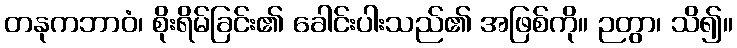
တနုကဘာဝံ၊ စိုးရိမ်ခြင်း၏ ခေါင်းပါးသည်၏ အဖြစ်ကို။ ဉတွာ၊ သိ၍။